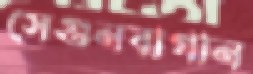
সেগুনবাগান